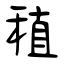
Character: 稙